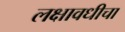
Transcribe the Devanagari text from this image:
लक्षावधीचा